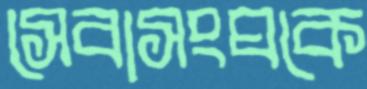
সেবাসংঘকে